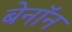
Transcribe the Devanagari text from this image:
बेनॉन